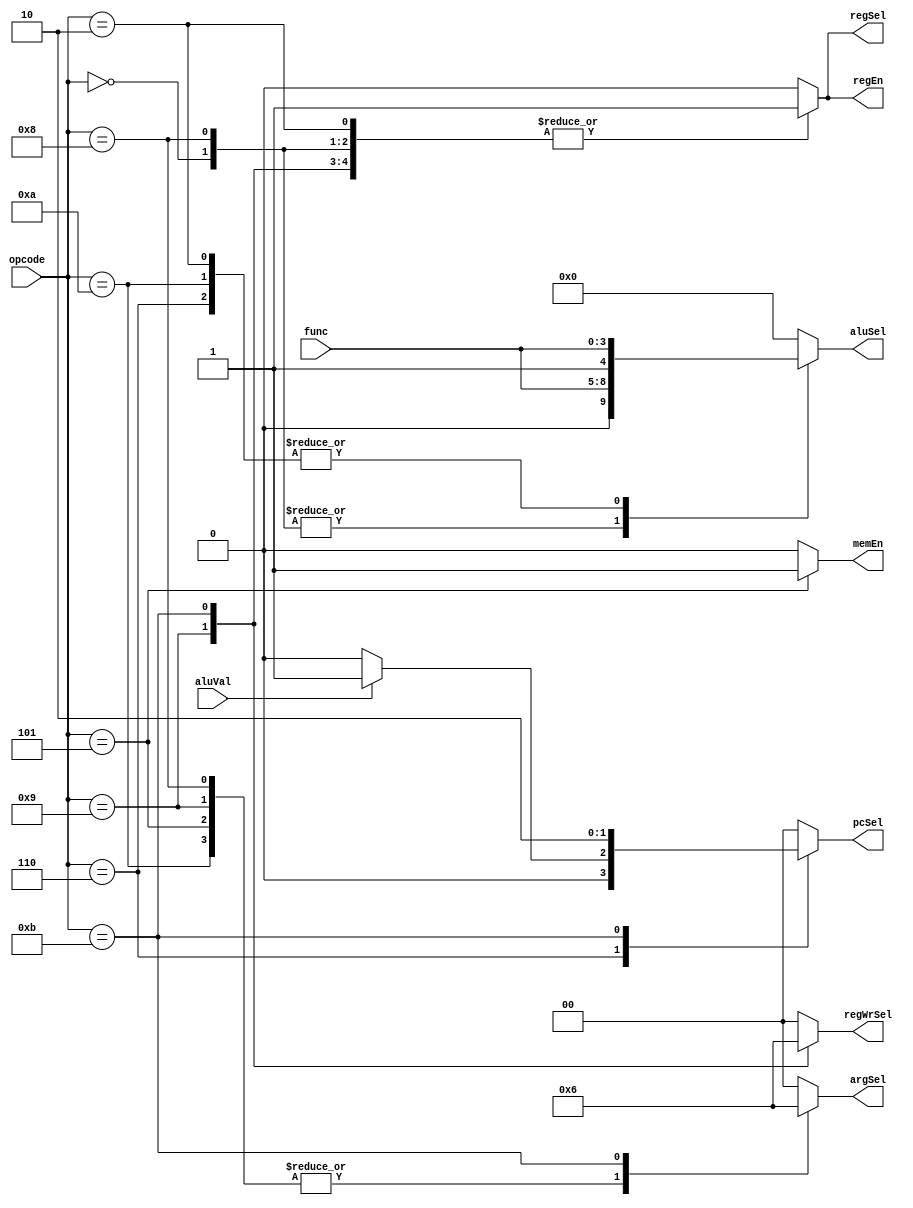
module Decoder(opcode, func, aluVal, regSel, regWrSel, argSel, aluSel, pcSel, regEn, memEn);
	parameter OP1_ALUR 					 = 4'b0000;
	parameter OP1_ALUI 					 = 4'b1000;
	parameter OP1_CMPR 					 = 4'b0010;
	parameter OP1_CMPI 					 = 4'b1010;
	parameter OP1_BCOND					 = 4'b0110;
	parameter OP1_SW   					 = 4'b0101;
	parameter OP1_LW   					 = 4'b1001;
	parameter OP1_JAL  					 = 4'b1011;
	
	// Useful ALU functions
	parameter ALU_ADD = 5'b0;
	
	// Sets whether the instruction has RS1 as the first or second argument
	parameter REG_SEL_RS1_FIRST_ARG = 1'b0;
	parameter REG_SEL_RS1_SECOND_ARG = 1'b1;
	
	// Select whether the second argument is an immediate or a register
	parameter ARG_SEL_REGISTER = 2'b00;
	parameter ARG_SEL_IMMEDIATE = 2'b01;
	parameter ARG_SEL_IMM_SHIFT = 2'b10;
	
	// Set whether the destination register should receive a value from the memory of the aluSel
	parameter RD_ALU = 2'b00;
	parameter RD_MEM = 2'b01;
	parameter RD_PC = 2'b10;
	
	// Set the source for the next program counter state
	parameter PC_NEXT = 2'b00;
	parameter PC_IMM = 2'b01;
	parameter PC_ALU = 2'b10;
	
	input aluVal;
	input[3:0] opcode, func;
	output reg[4:0] aluSel;
	output reg[1:0] pcSel, regWrSel, argSel;
	output reg regSel, regEn, memEn;
	
	always @(*) begin
		
		// Set defaults
		aluSel 	<= ALU_ADD;
		pcSel 	<= PC_NEXT;
		regSel 	<= REG_SEL_RS1_FIRST_ARG;
		regWrSel <= RD_ALU;
		argSel 	<= ARG_SEL_REGISTER;
		regEn 	<= 0;
		memEn 	<= 0;
		
		case (opcode)
			OP1_ALUR: begin
				regSel 	<= REG_SEL_RS1_SECOND_ARG;
				argSel 	<= ARG_SEL_REGISTER;
				aluSel 	<= {1'b0, func};
				regWrSel <= RD_ALU;
				regEn 	<= 1'b1;
			end
			OP1_ALUI: begin
				regSel 	<= REG_SEL_RS1_SECOND_ARG;
				argSel 	<= ARG_SEL_IMMEDIATE;
				aluSel 	<= {1'b0, func};
				regWrSel <= RD_ALU;
				regEn 	<= 1'b1;
			end
			OP1_CMPR: begin
				regSel 	<= REG_SEL_RS1_SECOND_ARG;
				argSel 	<= ARG_SEL_REGISTER;
				aluSel 	<= {1'b1, func};
				regWrSel <= RD_ALU;
				regEn 	<= 1'b1;
			end
			OP1_CMPI: begin
				regSel 	<= REG_SEL_RS1_SECOND_ARG;
				argSel 	<= ARG_SEL_IMMEDIATE;
				aluSel 	<= {1'b1, func};
				regWrSel <= RD_ALU;
				regEn 	<= 1'b1;
			end
			OP1_BCOND: begin
				regSel 	<= REG_SEL_RS1_FIRST_ARG;
				argSel 	<= ARG_SEL_REGISTER;
				aluSel 	<= {1'b1, func};
				if (aluVal)
					pcSel 	<= PC_IMM;
			end
			OP1_SW: begin
				regSel 	<= REG_SEL_RS1_FIRST_ARG;
				argSel 	<= ARG_SEL_IMMEDIATE;
				aluSel 	<= ALU_ADD;
				memEn 	<= 1'b1;
			end
			OP1_LW: begin
				regSel 	<= REG_SEL_RS1_SECOND_ARG;
				argSel 	<= ARG_SEL_IMMEDIATE;
				aluSel 	<= ALU_ADD;
				regWrSel <= RD_MEM;
				regEn 	<= 1'b1;
			end
			OP1_JAL: begin
				regSel 	<= REG_SEL_RS1_SECOND_ARG;
				argSel 	<= ARG_SEL_IMM_SHIFT;
				aluSel 	<= ALU_ADD;
				pcSel 	<= PC_ALU;
				regWrSel <= RD_PC;
				regEn 	<= 1'b1;
			end
			default:
				;
		endcase	
	end
endmodule